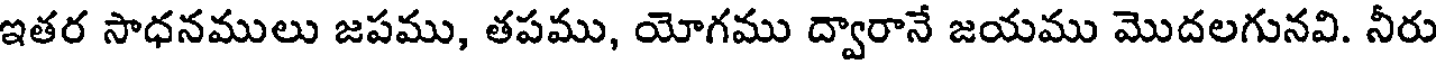
ఇతర సాధనములు జపము, తపము, యోగము ద్వారానే జయము మొదలగునవి. నీరు